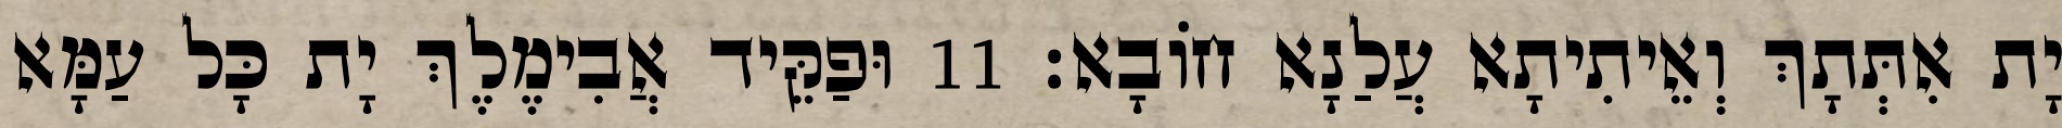
יָת אִתְּתָךְ וְאֵיתִיתָא עֲלַנָא חוֹבָא׃ 11 וּפַקֵּיד אֲבִימֶלֶךְ יָת כָּל עַמָּא